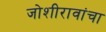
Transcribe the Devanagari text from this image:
जोशीरावांचा